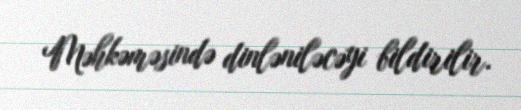
Məhkəməsində dinləniləcəyi bildirilir.